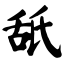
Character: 舐